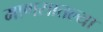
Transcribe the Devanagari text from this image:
माणसातल्या